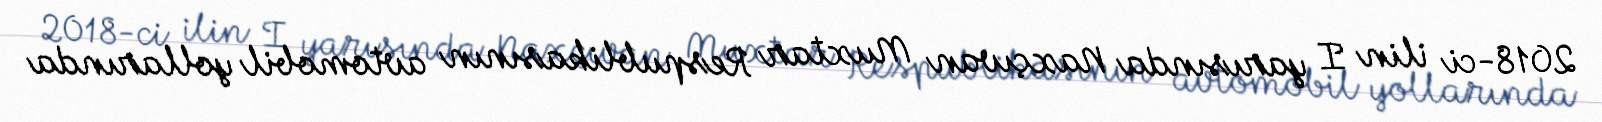
2018-ci ilin I yarısında Naxçıvan Muxtar Respublikasının avtomobil yollarında